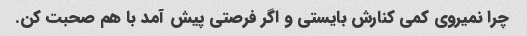
چرا نمیروی کمی کنارش بایستی و اگر فرصتی پیش آمد با هم صحبت کن.